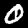
Digit: 0